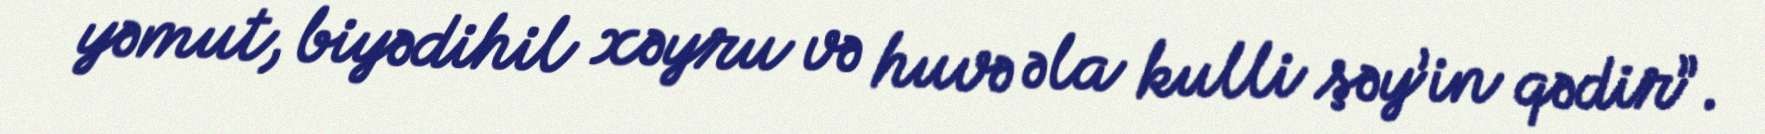
yəmut, biyədihil xəyru və huvə əla kulli şəy’in qədir”.